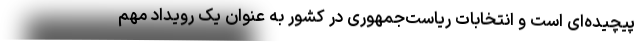
پیچیده‌ای است و انتخابات ریاست‌جمهوری در کشور به عنوان یک رویداد مهم